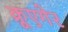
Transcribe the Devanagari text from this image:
क्रूएगेर